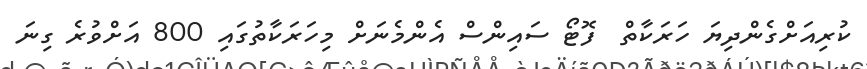
ކުރިއަށްގެންދިޔަ ހަރަކާތް  ފޮޓޯ ސައިންސް އެންމެނަށް މިހަރަކާތުގައި 800 އަށްވުރެ ގިނަ